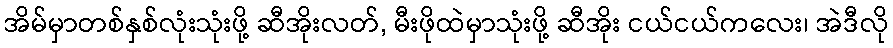
အိမ်မှာတစ်နှစ်လုံးသုံးဖို့ ဆီအိုးလတ်, မီးဖိုထဲမှာသုံးဖို့ ဆီအိုး ငယ်ငယ်ကလေး၊ အဲဒီလို